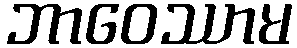
ဘာဝေဿာမ